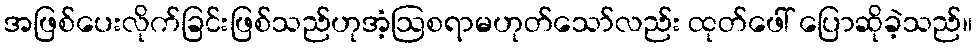
အဖြစ်ပေးလိုက်ခြင်းဖြစ်သည်ဟုအံ့ဩစရာမဟုတ်သော်လည်း ထုတ်ဖေါ် ပြောဆိုခဲ့သည်။